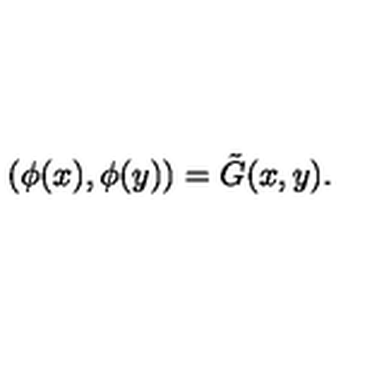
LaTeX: ( \phi ( x ) , \phi ( y ) ) = \tilde { G } ( x , y ) .